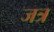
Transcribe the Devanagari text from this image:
जत्र